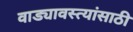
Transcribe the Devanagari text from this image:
वाड्यावस्त्यांसाठी